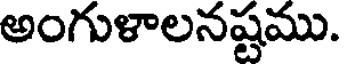
అంగుళాలనష్టము.